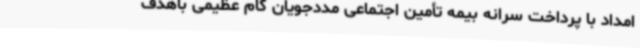
امداد با پرداخت سرانه بیمه تأمین اجتماعی مددجویان گام عظیمی باهدف